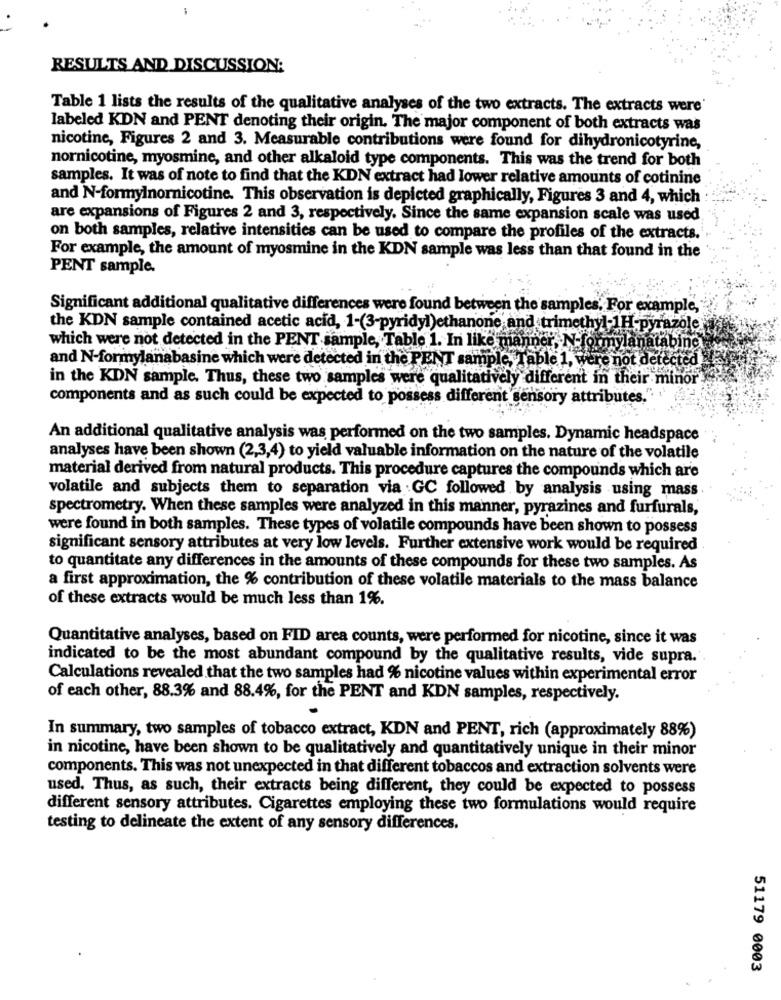
RESULTS AND DISCUSSION:
Table 1 lists the results of the qualitative analyses of the two extracts. The extracts were'
labeled KDN and PENT denoting their origin. The major component of both extracts was
nicotine, Figures 2 and 3. Measurable contributions were found for dihydronicotyrine,
nornicotine, myosmine, and other alkaloid type components. This was the trend for both
samples. It was of note to find that the KDN extract had lower relative amounts of cotinine
and N-formylnornicotine. This observation is depicted graphically, Figures 3 and 4, which
are expansions of Figures 2 and 3, respectively. Since the same expansion scale was used
on both samples, relative intensities can be used to compare the profiles of the extracts.
For example, the amount of myosmine in the KDN sample was less than that found in the
PENT sample.
Significant additional qualitative differences were found between the samples, For example,
the KDN sample contained acetic acid, 1-(3-pyridyl)ethanone and trimethyl-1H-pyrazole
which were not detected in the PENT sample, Table 1. In like manner, N-formylanatabing
and N-formylanabasine which were detected in the PENT sample, Table 1, were not detected
in the KDN sample. Thus, these two samples were qualitatively different in their minor
components and as such could be expected to possess different sensory attributes.
An additional qualitative analysis was performed on the two samples. Dynamic headspace
analyses have been shown (2,3,4) to yield valuable information on the nature of the volatile
material derived from natural products. This procedure captures the compounds which are
volatile and subjects them to separation via GC followed by analysis using mass
spectrometry. When these samples were analyzed in this manner, pyrazines and furfurals,
were found in both samples. These types of volatile compounds have been shown to possess
significant sensory attributes at very low levels. Further extensive work would be required
to quantitate any differences in the amounts of these compounds for these two samples. As
a first approximation, the % contribution of these volatile materials to the mass balance
of these extracts would be much less than 1%.
Quantitative analyses, based on FID area counts, were performed for nicotine, since it was
indicated to be the most abundant compound by the qualitative results, vide supra.
Calculations revealed that the two samples had % nicotine values within experimental error
of each other, 88.3% and 88.4%, for the PENT and KDN samples, respectively.
In summary, two samples of tobacco extract, KDN and PENT, rich (approximately 88%)
in nicotine, have been shown to be qualitatively and quantitatively unique in their minor
components. This was not unexpected in that different tobaccos and extraction solvents were
used. Thus, as such, their extracts being different, they could be expected to possess
different sensory attributes. Cigarettes employing these two formulations would require
testing to delineate the extent of any sensory differences.
51179 0003